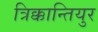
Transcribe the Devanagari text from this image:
त्रिक्कान्तियुर